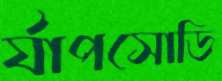
র‍্যাপসোডি